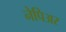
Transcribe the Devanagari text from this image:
नेपिअर